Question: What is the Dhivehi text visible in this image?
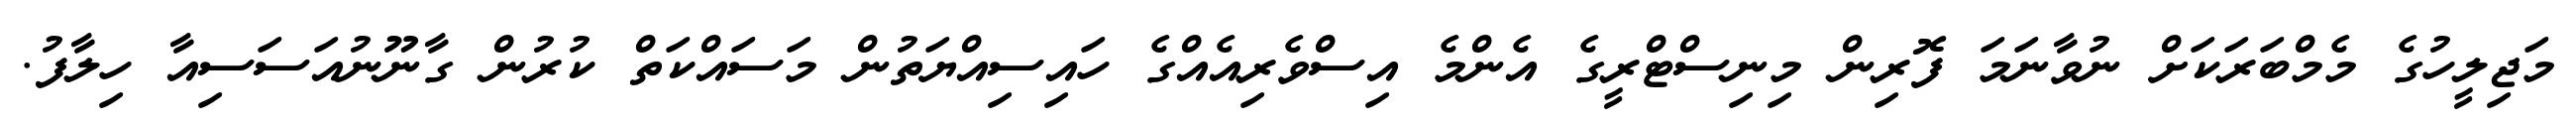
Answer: މަޖިލީހުގެ މެމްބަރަކަށް ނުވާނަމަ ފޮރިން މިނިސްޓްރީގެ އެންމެ އިސްވެރިއެއްގެ ހައިސިއްޔަތުން މަސައްކަތް ކުރުން ގާނޫނުއަސަސިއާ ހިލާފު.